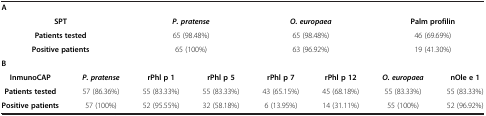
<table><thead><tr><td colspan="8"><b> </b></td></tr></thead><tbody><tr><td colspan="8"><b>A</b></td></tr><tr><td colspan="2"><b>SPT</b></td><td colspan="2"><b><i>P. pratense</i></b></td><td colspan="2"><b><i>O. europaea</i></b></td><td colspan="2"><b>Palm profilin</b></td></tr><tr><td colspan="2"><b>Patients tested</b></td><td colspan="2">65 (98.48%)</td><td colspan="2">65 (98.48%)</td><td colspan="2">46 (69.69%)</td></tr><tr><td colspan="2"><b>Positive patients</b></td><td colspan="2">65 (100%)</td><td colspan="2">63 (96.92%)</td><td colspan="2">19 (41.30%)</td></tr><tr><td colspan="8"><b>B</b></td></tr><tr><td><b>InmunoCAP</b></td><td><b><i>P. pratense</i></b></td><td><b>rPhl p 1</b></td><td><b>rPhl p 5</b></td><td><b>rPhl p 7</b></td><td><b>rPhl p 12</b></td><td><b><i>O. europaea</i></b></td><td><b>nOle e 1</b></td></tr><tr><td><b>Patients tested</b></td><td>57 (86.36%)</td><td>55 (83.33%)</td><td>55 (83.33%)</td><td>43 (65.15%)</td><td>45 (68.18%)</td><td>55 (83.33%)</td><td>55 (83.33%)</td></tr><tr><td><b>Positive patients</b></td><td>57 (100%)</td><td>52 (95.55%)</td><td>32 (58.18%)</td><td>6 (13.95%)</td><td>14 (31.11%)</td><td>55 (100%)</td><td>52 (96.92%)</td></tr></tbody></table>